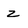
Character: z